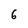
Character: 6